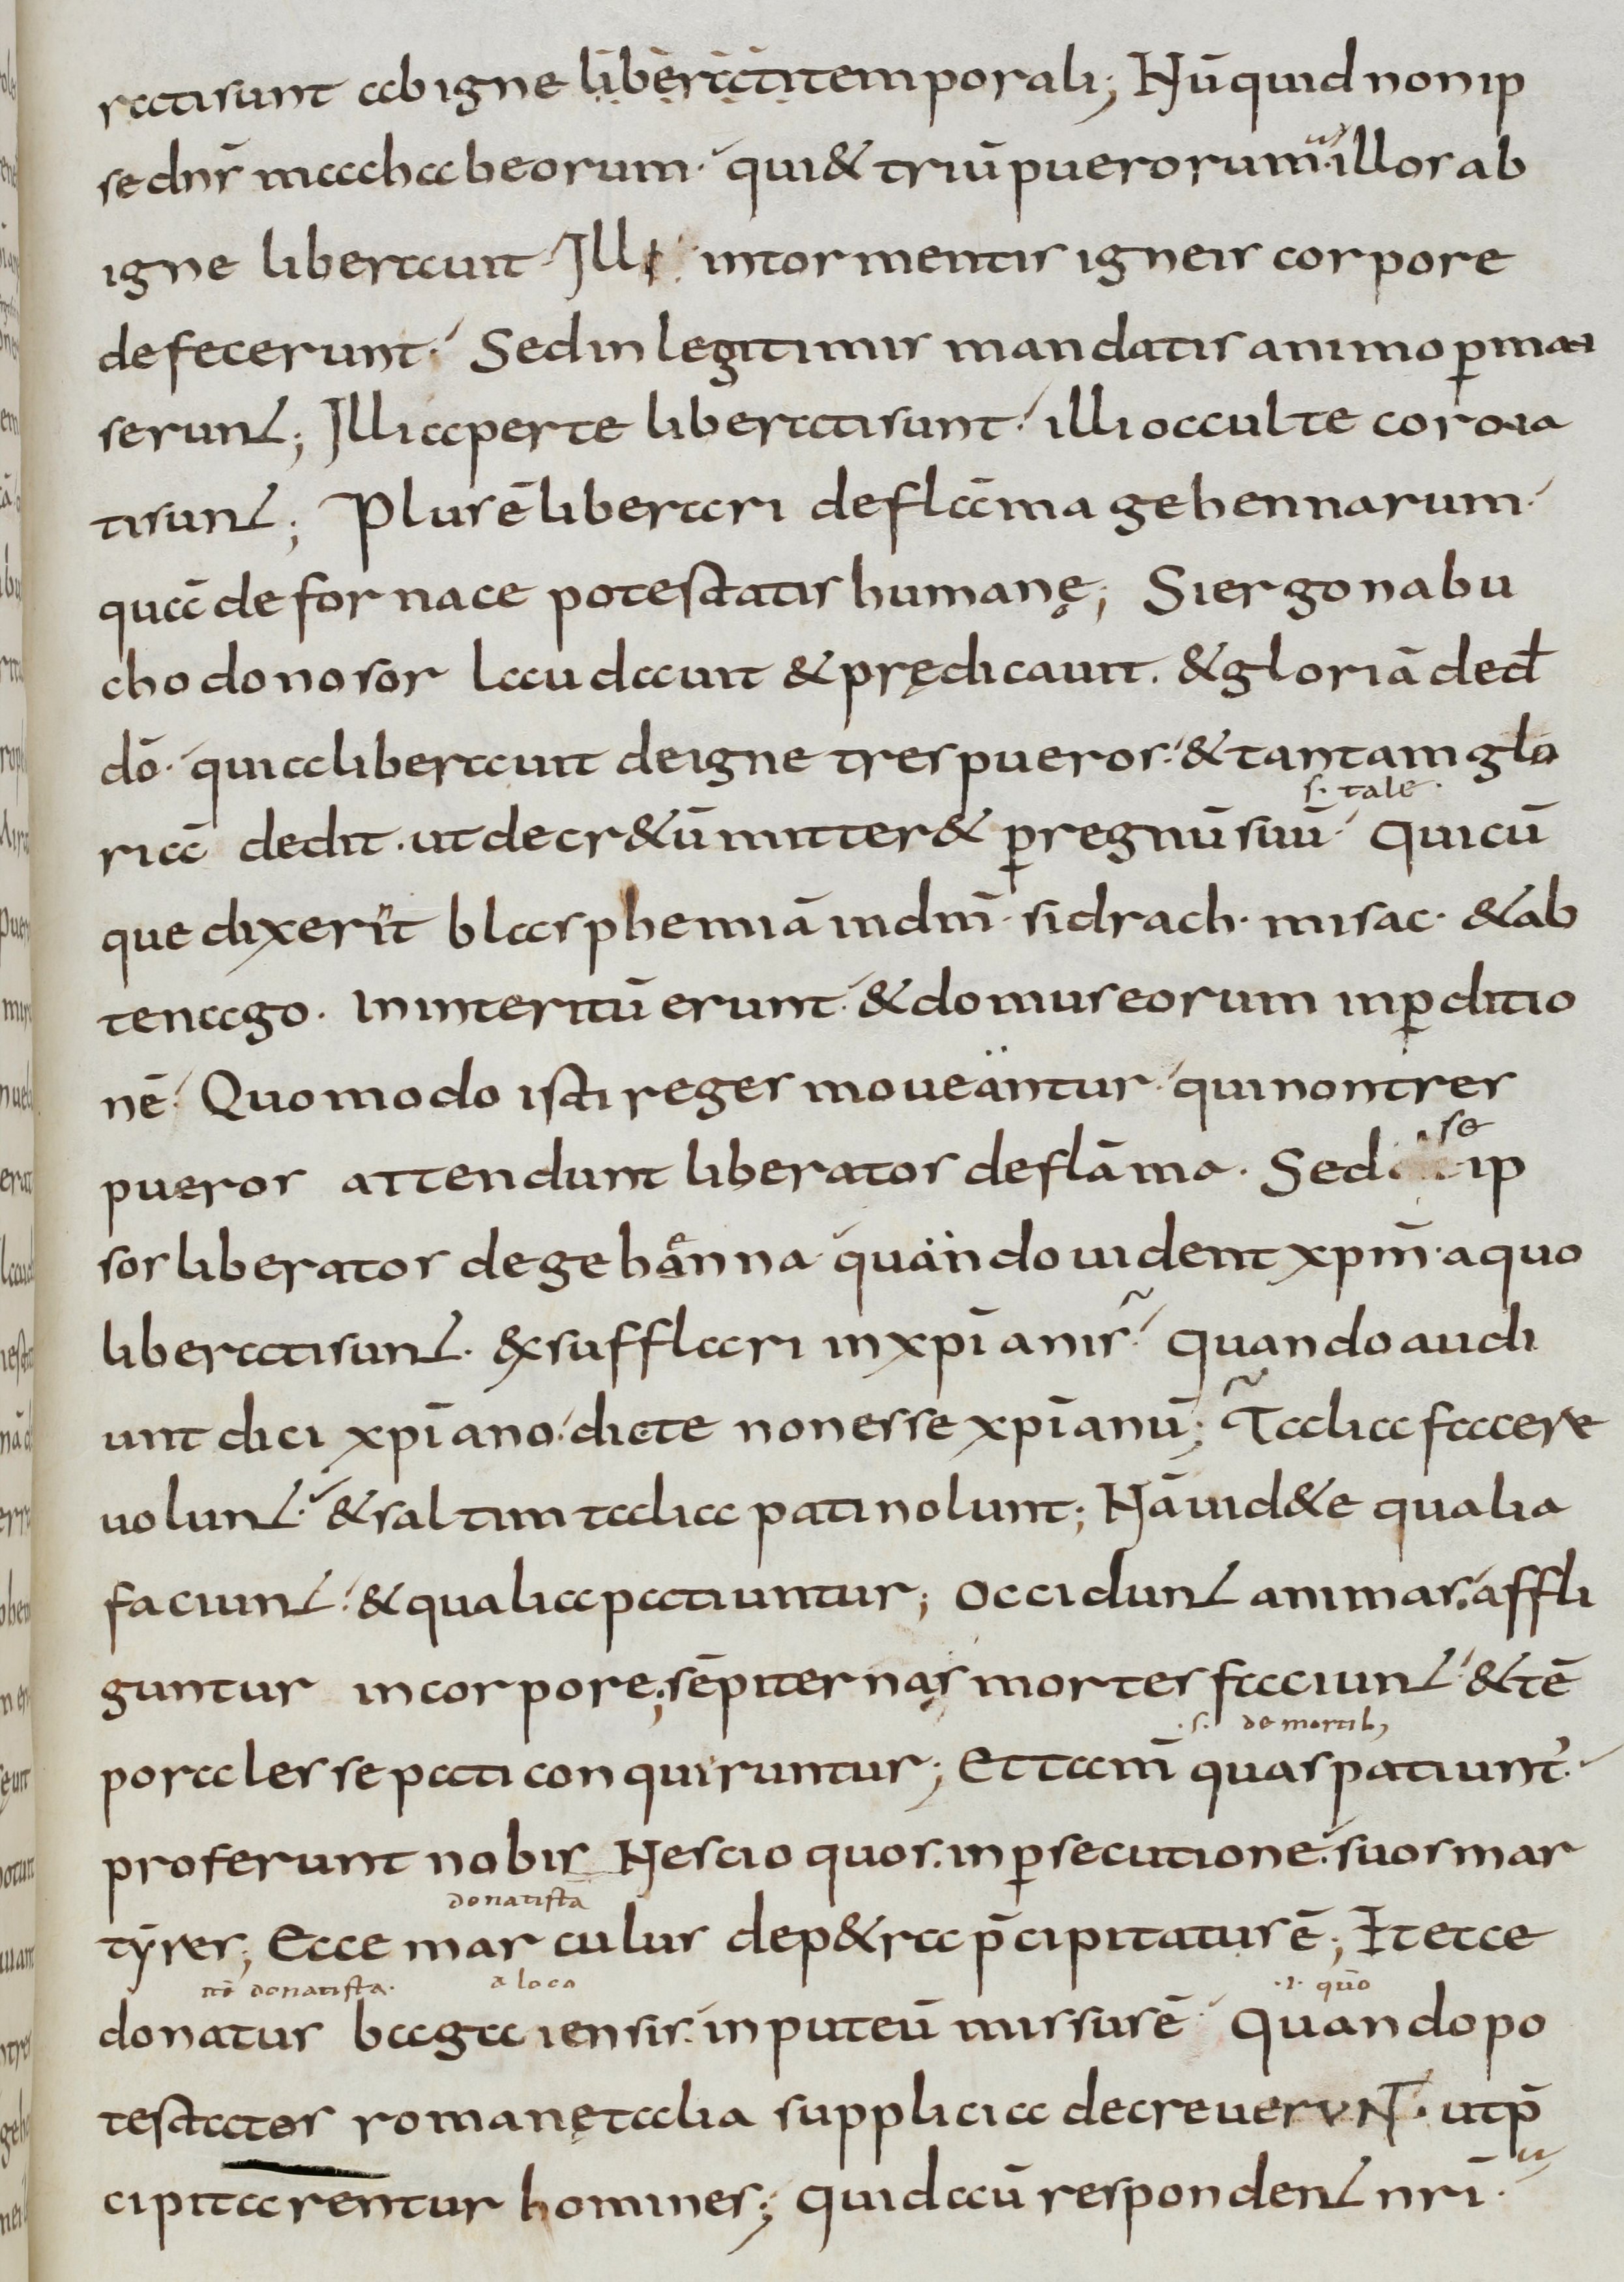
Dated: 800–899